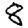
Digit: 8